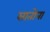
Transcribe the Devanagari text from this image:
सातोना